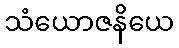
သံယောဇနိယေ